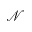
\mathcal { N }